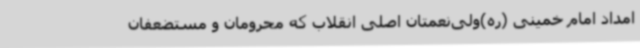
امداد امام خمینی (ره)ولی‌نعمتان اصلی انقلاب که محرومان و مستضعفان